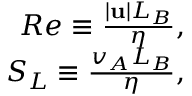
\begin{array} { r } { R e \equiv \frac { | { \bf u } | L _ { B } } { \eta } , } \\ { S _ { L } \equiv \frac { v _ { A } L _ { B } } { \eta } , } \end{array}